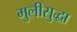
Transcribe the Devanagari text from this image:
मुलीसुद्धा